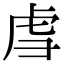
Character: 𫊞